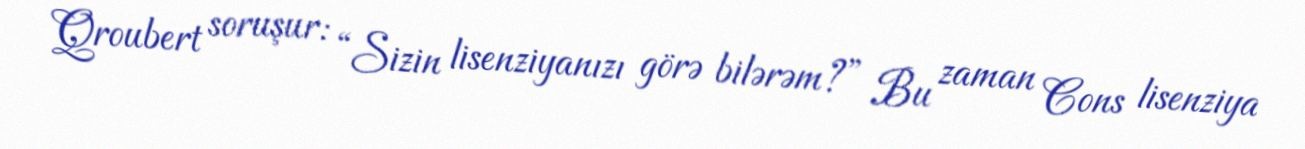
Qroubert soruşur: “Sizin lisenziyanızı görə bilərəm?” Bu zaman Cons lisenziya